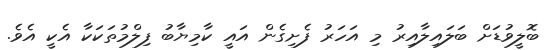
ބޮލީވުޑަށް ބަލައިލާއިރު މި އަހަރު ފެށިގެން އައީ ކާމިޔާބު ފިލްމުތަކަކާ އެކީ އެވެ.